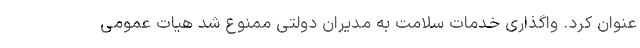
عنوان کرد. واگذاری خدمات سلامت به مدیران دولتی ممنوع شد هیات عمومی